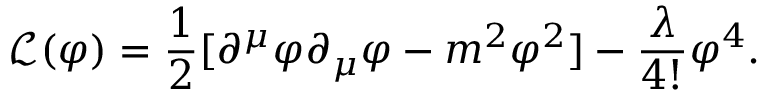
{ \mathcal { L } } ( \varphi ) = { \frac { 1 } { 2 } } [ \partial ^ { \mu } \varphi \partial _ { \mu } \varphi - m ^ { 2 } \varphi ^ { 2 } ] - { \frac { \lambda } { 4 ! } } \varphi ^ { 4 } .